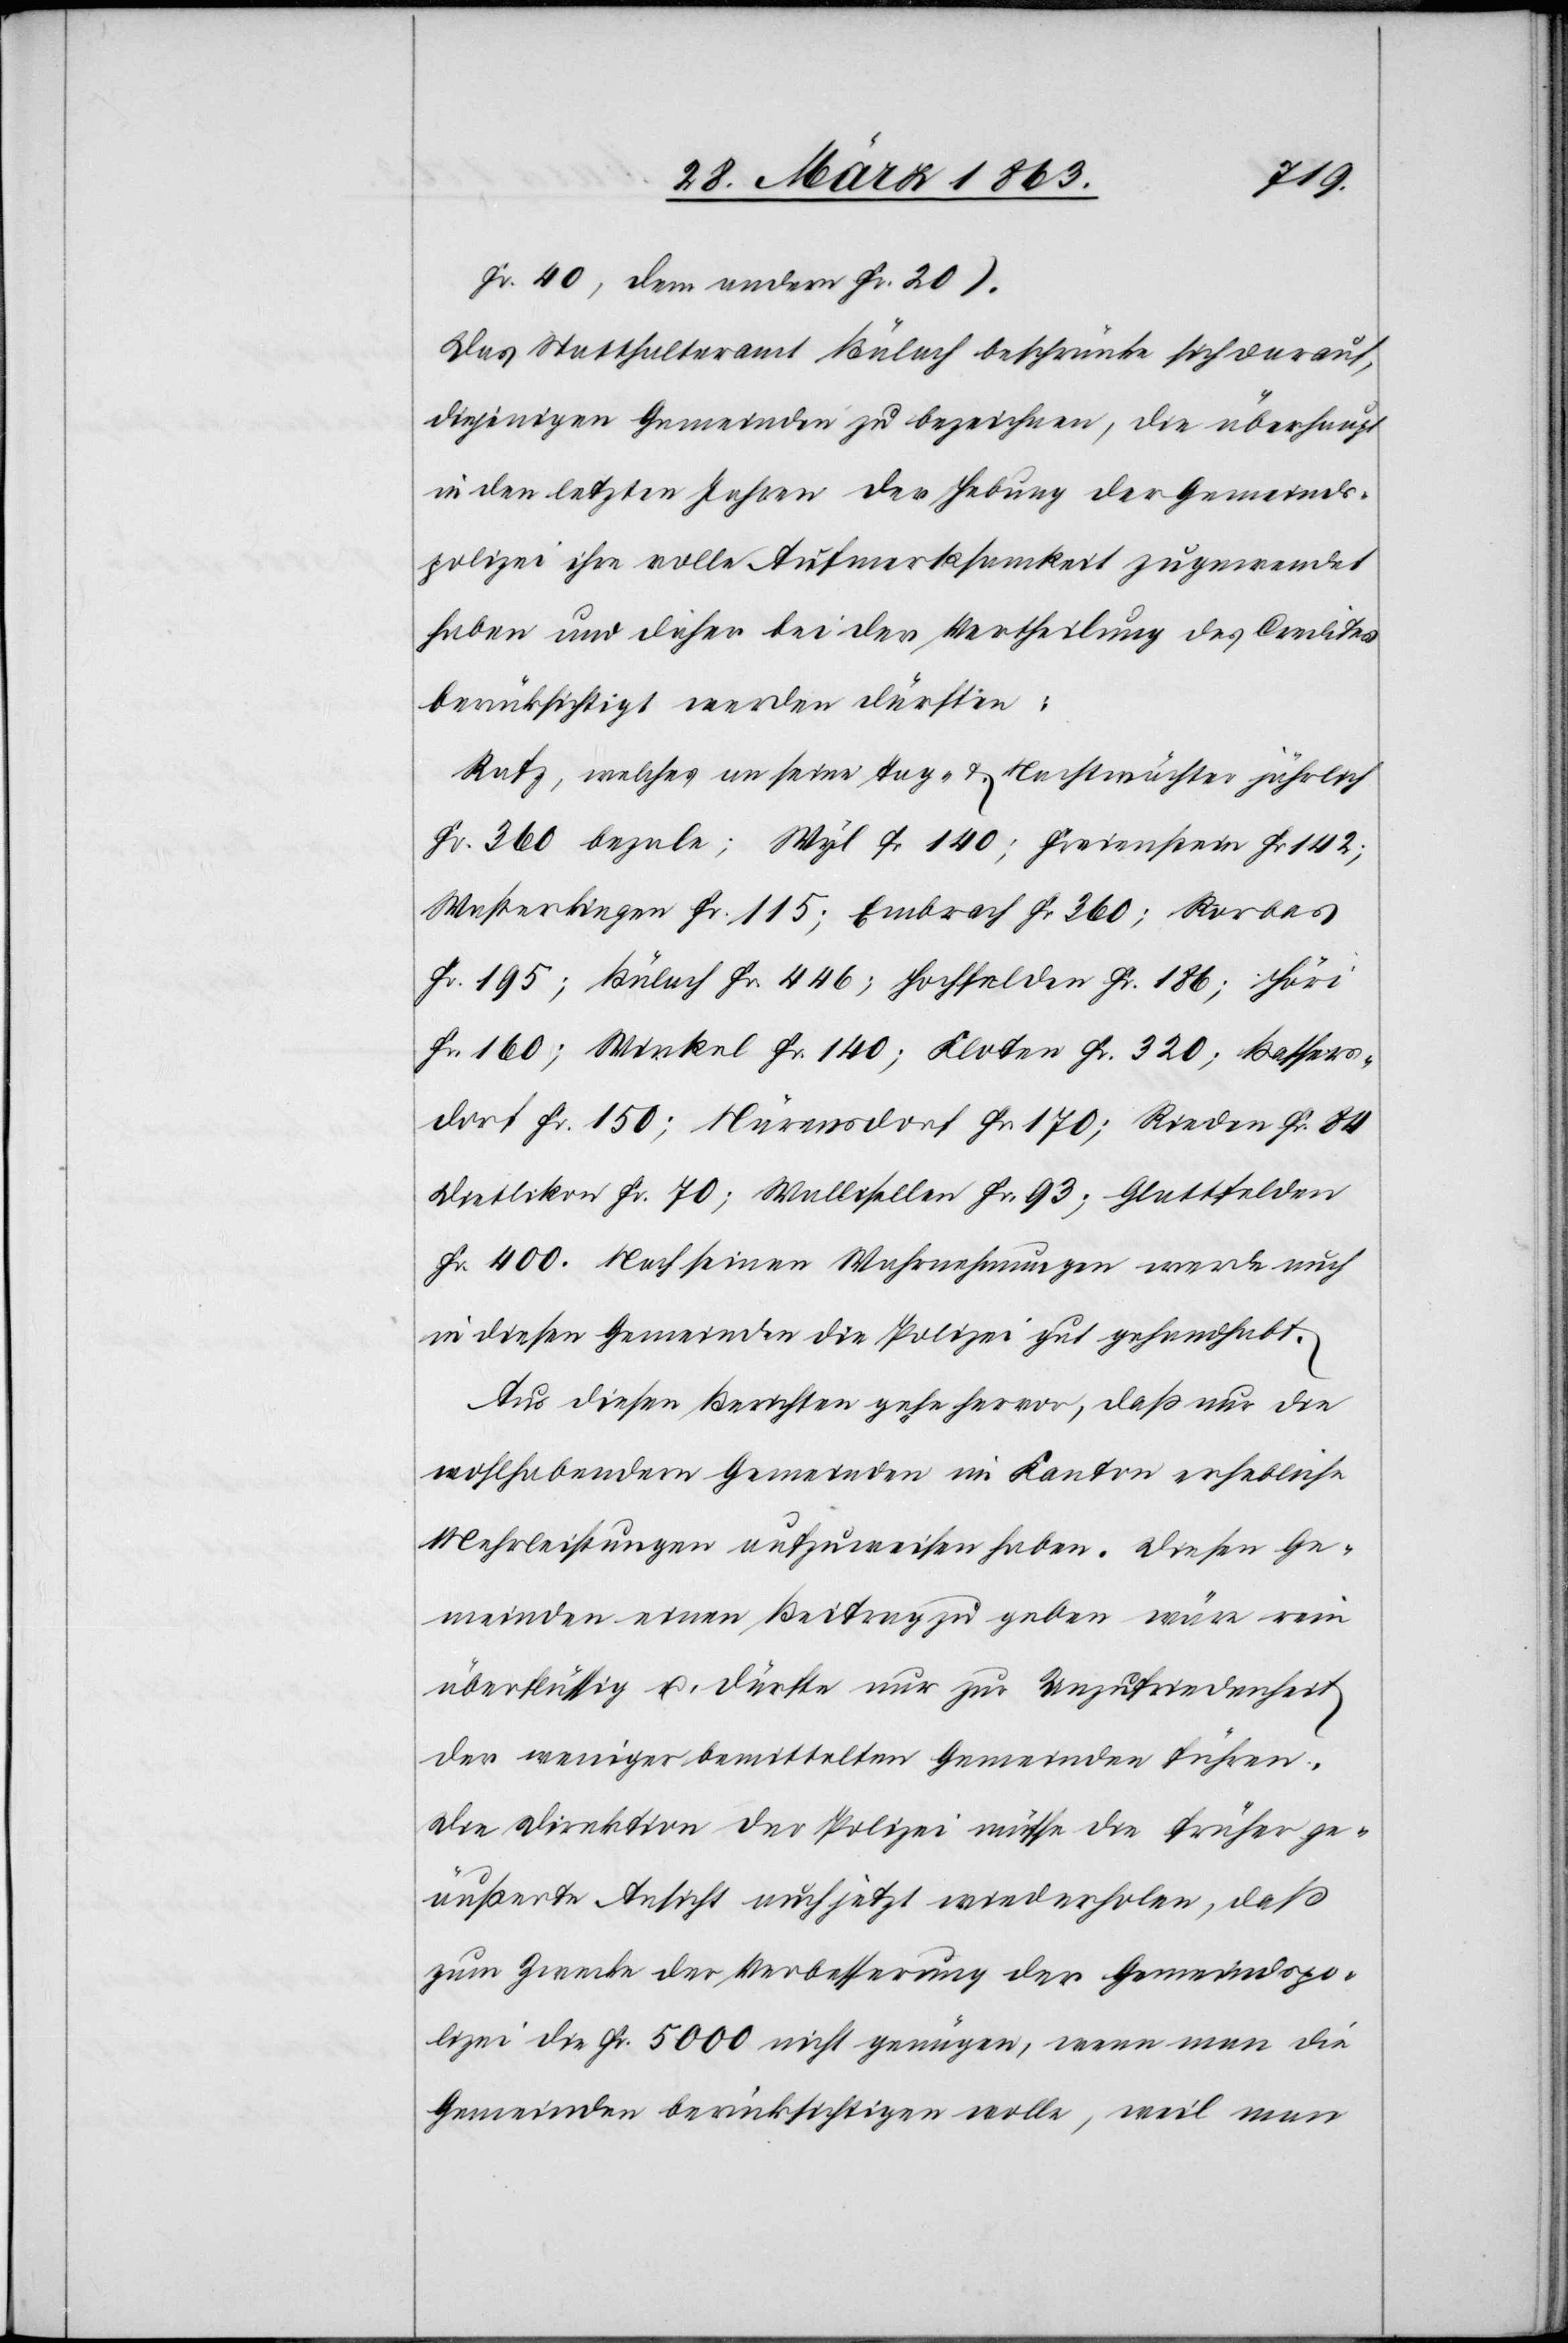
Fr. 40, dem andern Fr. 20).
Das Statthalteramt Bülach beschränke sich darauf,
diejenigen Gemeinden zu bezeichnen, die überhaupt
in den letzten Jahren der Hebung der Gemeinds¬
polizei ihre volle Aufmerksamkeit zugewendet
haben und daher bei der Vertheilung des Credites
berücksichtigt werden dürften:
Rafz, welches an seine Tag- & Nachtwächter jährlich
Fr. 360 bezale; Wyl Fr 140; Freienstein Fr 142;
Wasterkingen Fr. 115; Embrach Fr 360; Rorbas
Fr. 195; Bülach Fr. 446; Hochfelden Fr. 186; Höri
Fr. 160; Winkel Fr. 140; Kloten Fr. 320; Bassers¬
dorf Fr. 150; Nürensdorf Fr. 170; Rieden Fr. 84[;]
Dietlikon Fr. 70; Wallisellen Fr. 93; Glattfelden
Fr. 400. Nach seinen Wahrnehmungen werde auch
in diesen Gemeinden die Polizei gut gehandhabt.
Aus diesen Berichten gehe hervor, daß nur die
wohlhabendern Gemeinden im Kanton erhebliche
Mehrleistungen aufzuweisen haben. Diesen Ge¬
meinden einen Beitrag zu geben wäre rein
überflüssig u. dürfte nur zur Unzufriedenheit
der weniger bemittelten Gemeinden führen.
Die Direktion der Polizei müsse die früher ge¬
äußerte Ansicht auch jetzt wiederholen, daß
zum Zwecke der Verbesserung der Gemeindspo¬
lizei die Fr. 5000 nicht genügen, wenn man die
Gemeinden berücksichtigen wolle, weil man